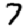
Digit: 7